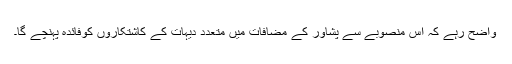
واضح رہے کہ اس منصوبے سے پشاور کے مضافات میں متعدد دیہات کے کاشتکاروں کوفائدہ پہنچے گا۔